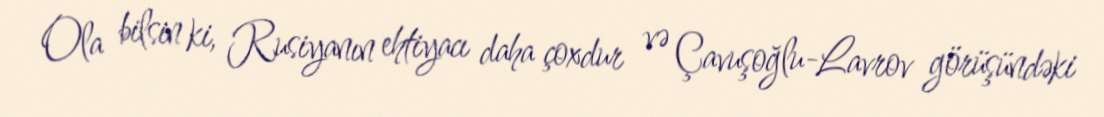
Ola bilsin ki, Rusiyanın ehtiyacı daha çoxdur və Çavuşoğlu-Lavrov görüşündəki